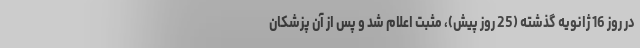
در روز 16 ژانویه گذشته (25 روز پیش)، مثبت اعلام شد و پس از آن پزشکان